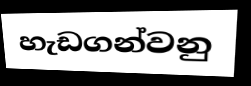
හැඩගන්වනු